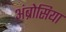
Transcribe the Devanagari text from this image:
अंब्रोसिया